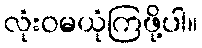
လုံးဝမယုံကြဖို့ပါ။